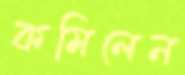
কমিলেন